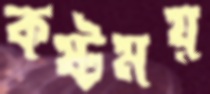
কষ্টময়